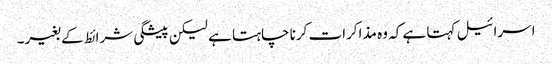
اسرائیل کہتا ہے کہ وہ مذاکرات کرنا چاہتا ہے لیکن پیشگی شرائط کے بغیر۔